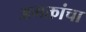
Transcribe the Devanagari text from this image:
अभक्तांचा